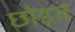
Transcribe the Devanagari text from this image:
छोड़त